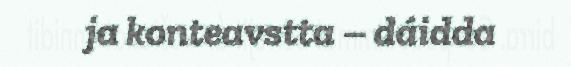
ja konteavstta – dáidda